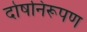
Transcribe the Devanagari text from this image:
दोषनिरूपण